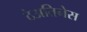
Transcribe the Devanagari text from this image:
ठेअतिनेस